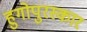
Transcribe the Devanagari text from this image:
हुगोपुरस्कार